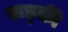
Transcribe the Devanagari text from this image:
रूड्की